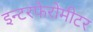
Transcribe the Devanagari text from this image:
इन्टरफेरोमीटर